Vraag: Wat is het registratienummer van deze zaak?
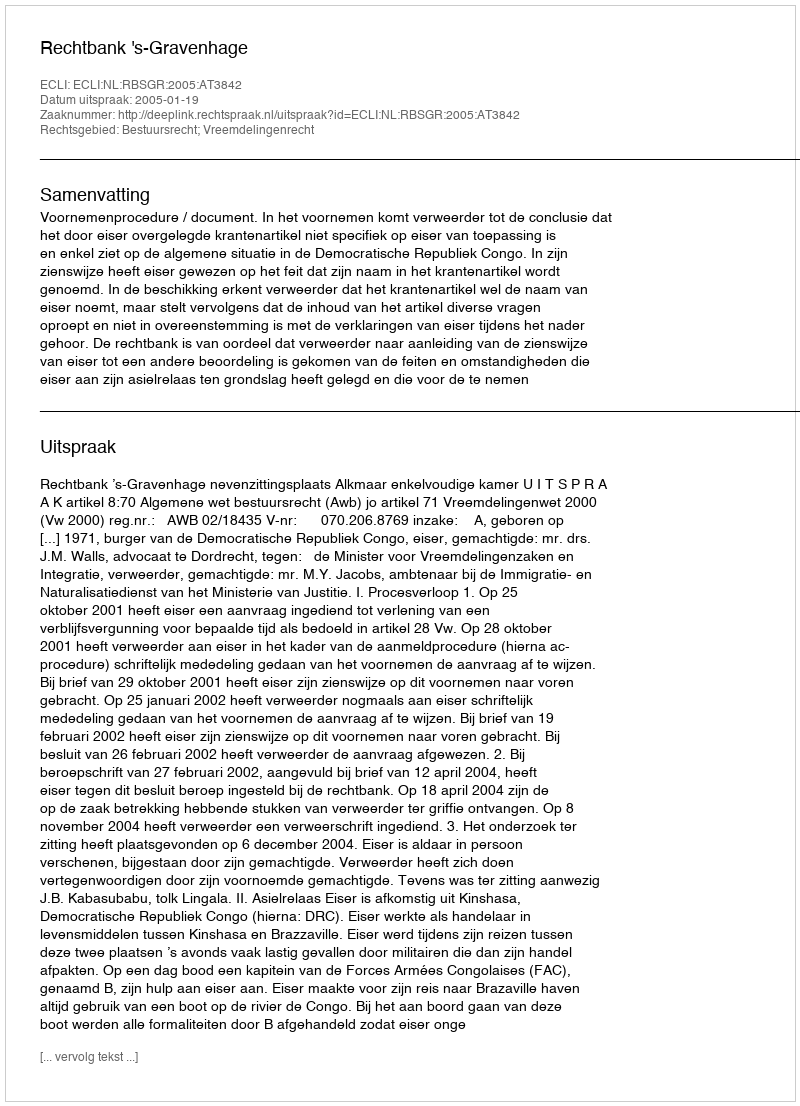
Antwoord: http://deeplink.rechtspraak.nl/uitspraak?id=ECLI:NL:RBSGR:2005:AT3842